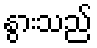
နွားသည်